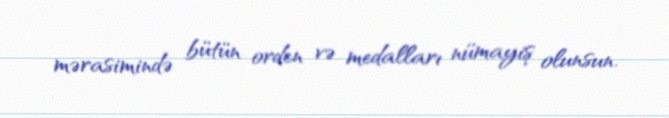
mərasimində bütün orden və medalları nümayiş olunsun.